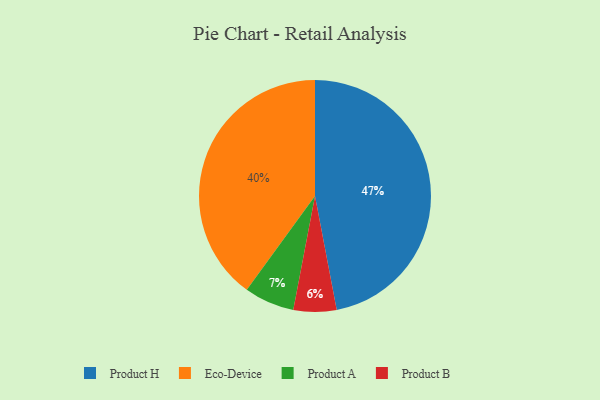
{"axis": {"x": "Category", "y": "Percentage"}, "legend": ["Eco-Device", "Product A", "Product B", "Product H"], "data": [{"x": "Product A", "y": 7, "type": "Product A"}, {"x": "Product H", "y": 47, "type": "Product H"}, {"x": "Eco-Device", "y": 40, "type": "Eco-Device"}, {"x": "Product B", "y": 6, "type": "Product B"}]}